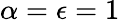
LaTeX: \alpha=\epsilon=1